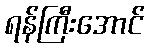
ရန်ကြီးအောင်